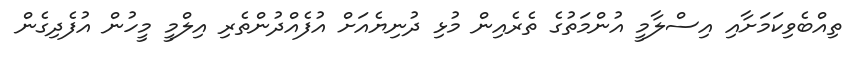
ތިއްބެވިކަމަށާއި އިސްލާމީ އުންމަތުގެ ތެރެއިން މުޅި ދުނިޔެއަށް އުފެއްދުންތެރި އިލްމީ މީހުން އުފެދިގެން